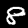
Label: 8